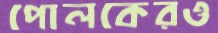
পোলকেরও